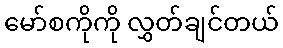
မော်စကိုကို လွှတ်ချင်တယ်